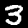
Label: 3